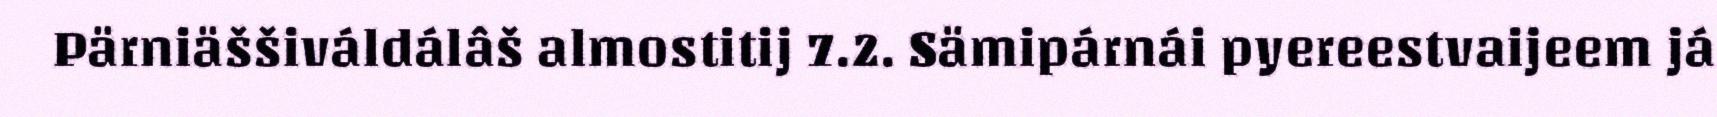
Pärniäššiváldálâš almostitij 7.2. Sämipárnái pyereestvaijeem já